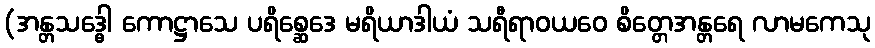
(အန္တသဒ္ဓေါ ကောဋ္ဌာသေ ပရိစ္ဆေဒေ မရိယာဒါယံ သရီရာဝယဝေ စိတ္တေအန္တရေ လာမကေသု